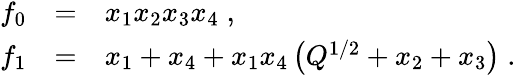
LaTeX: \begin{array}{lll}{{f_{0}}}&{{=}}&{{x_{1}x_{2}x_{3}x_{4}\; ,}}\\ {{f_{1}}}&{{=}}&{{x_{1}+x_{4}+x_{1}x_{4}\left(Q^{1/2}+x_{2}+x_{3}\right)\; .}}\end{array}